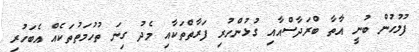
ފުލުހުން ބުނީ އާތާ ބްރަދާސްއާއި ގުޅުންހުރި ފަރާތްތަކާއި މެދު ގިނަ ތުހުމަތުތަކެއް އެބަހުރި